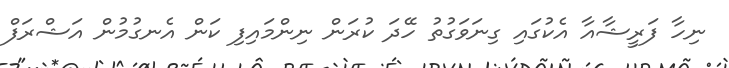
ނިހާ ފަރީޝާއާ އެކުގައި ގިނަވަގުތު ހޭދަ ކުރަން ނިންމައިފި ކަން އެނގުމުން އަޝްރަފް